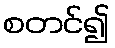
စတင်၍